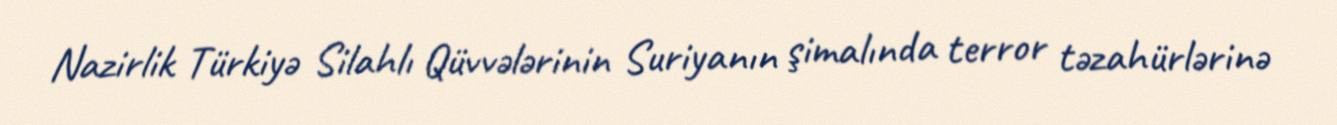
Nazirlik Türkiyə Silahlı Qüvvələrinin Suriyanın şimalında terror təzahürlərinə